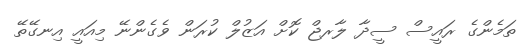
ތަމެންގެ ރައީސް ސީދާ ލާރޖް ކޮށް އަޒުލް ކުރަން ވެގެންނޭ މިއައީ އިނގޭތޭ